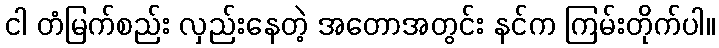
ငါ တံမြက်စည်း လှည်းနေတဲ့ အတောအတွင်း နင်က ကြမ်းတိုက်ပါ။